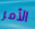
الأمر